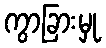
ကွာခြားမှု